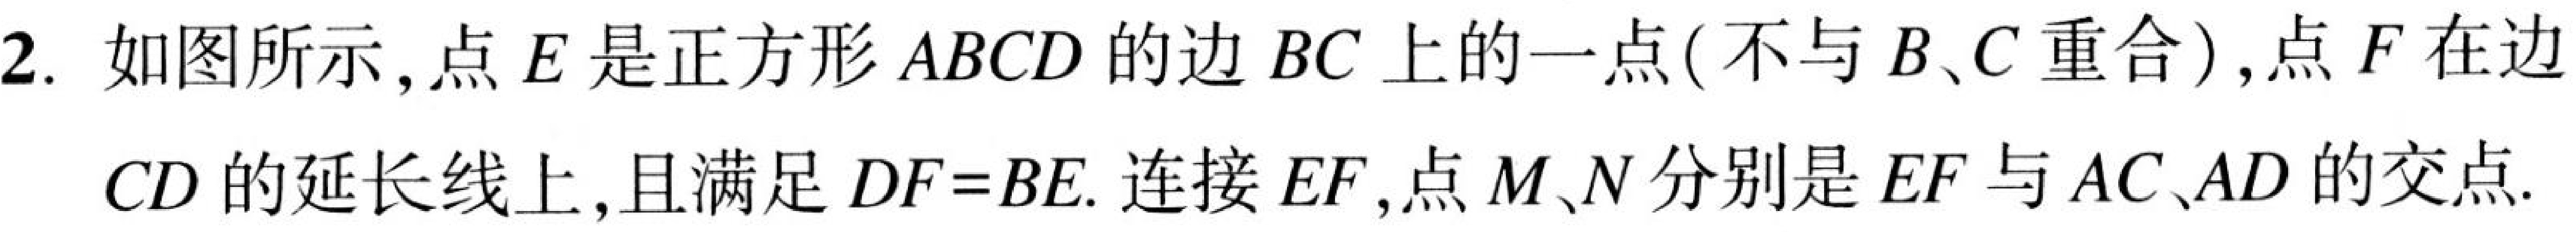
2. 如图所示, 点 \(E\) 是正方形 \(ABCD\) 的边 \(BC\) 上的一点(不与 \(B、C\) 重合),点 \(F\) 在边 \(CD\) 的延长线上, 且满足 \(DF = BE\). 连接 \(EF\), 点 \(M、N\) 分别是 \(EF\) 与 \(AC、AD\) 的交点.